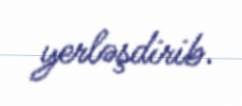
yerləşdirib.